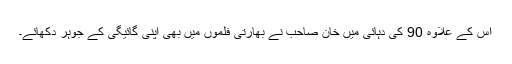
اس کے علاوہ 90 کی دہائی میں خان صاحب نے بھارتی فلموں میں بھی اپنی گائیگی کے جوہر دکھائے۔